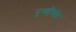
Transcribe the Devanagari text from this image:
पृथ्वीचंद